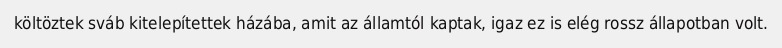
költöztek sváb kitelepítettek házába, amit az államtól kaptak, igaz ez is elég rossz állapotban volt.